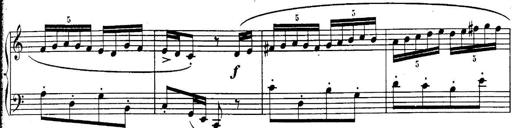
Title: Sonatina for Piano
Composer: BÃ©la BartÃ³k